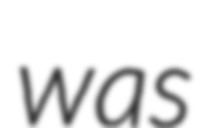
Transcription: was